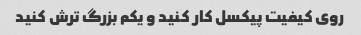
روی کیفیت پیکسل کار کنید و یکم بزرگ ترش کنید